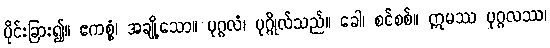
ပိုင်းခြား၍။ ဧကစ္စံ၊ အချို့သော။ ပုဂ္ဂလံ၊ ပုဂ္ဂိုလ်သည်။ ခေါ၊ စင်စစ်။ ဣမဿ ပုဂ္ဂလဿ၊